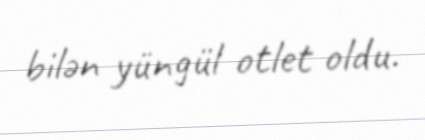
bilən yüngül otlet oldu.